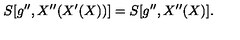
S [ g ^ { \prime \prime } , X ^ { \prime \prime } ( X ^ { \prime } ( X ) ) ] = S [ g ^ { \prime \prime } , X ^ { \prime \prime } ( X ) ] .